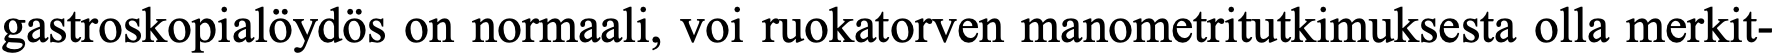
gastroskopialöydös on normaali, voi ruokatorven manometritutkimuksesta olla merkit-